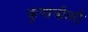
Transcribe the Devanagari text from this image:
कुणाचीतरी